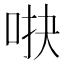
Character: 𱒫